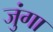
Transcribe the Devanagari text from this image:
जुंगा